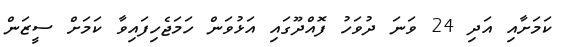
ކަމަށާއި އަދި 24 ވަނަ ދުވަހު ފޮއްދޫގައި އަޅުވަން ހަމަޖެހިފައިވާ ކަމަށް ސީޒަން